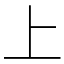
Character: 上